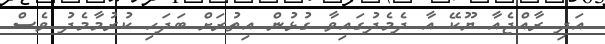
އަދި ރާއްޖެއާ ޔޫކޭ އާ ދެމެދުގައިވާ ގުޅުން އިތުރަށް ބަދަހި ކުރުމާމެދު ވެސް